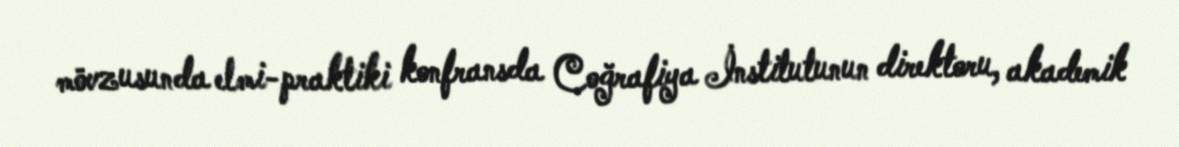
mövzusunda elmi-praktiki konfransda Coğrafiya İnstitutunun direktoru, akademik